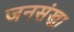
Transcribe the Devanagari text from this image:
जनसंखा